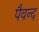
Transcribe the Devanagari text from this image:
पैवन्द